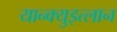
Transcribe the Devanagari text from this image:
यान्क्युइत्लान